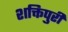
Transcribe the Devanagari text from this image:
शक्तिपुरी